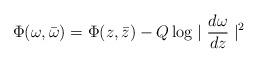
LaTeX: \begin{align*}\Phi(\omega,\bar{\omega})=\Phi(z,\bar{z})-Q \log\mid\frac{d\omega}{dz}\mid^2\end{align*}